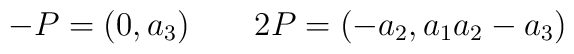
-P = (0,a_3) \;\;\;\;\;\;\;2P=(-a_2, a_1 a_2 -a_3)